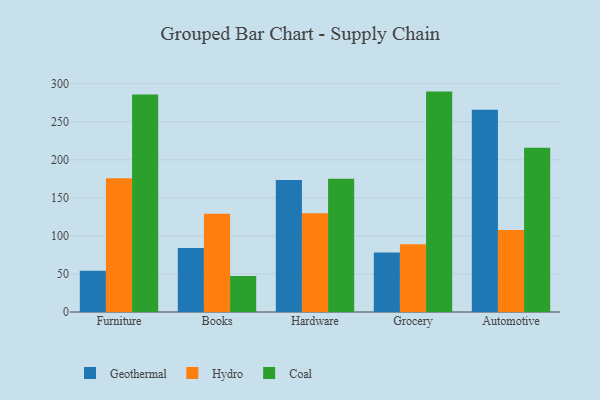
{"axis": {"x": "Category", "y": "Market Share (%)"}, "legend": ["Coal", "Geothermal", "Hydro"], "data": [{"x": "Furniture", "y": 54.1, "type": "Geothermal"}, {"x": "Furniture", "y": 175.9, "type": "Hydro"}, {"x": "Furniture", "y": 285.9, "type": "Coal"}, {"x": "Books", "y": 84.0, "type": "Geothermal"}, {"x": "Books", "y": 129.0, "type": "Hydro"}, {"x": "Books", "y": 47.4, "type": "Coal"}, {"x": "Hardware", "y": 173.6, "type": "Geothermal"}, {"x": "Hardware", "y": 129.8, "type": "Hydro"}, {"x": "Hardware", "y": 175.1, "type": "Coal"}, {"x": "Grocery", "y": 78.2, "type": "Geothermal"}, {"x": "Grocery", "y": 89.0, "type": "Hydro"}, {"x": "Grocery", "y": 289.6, "type": "Coal"}, {"x": "Automotive", "y": 265.7, "type": "Geothermal"}, {"x": "Automotive", "y": 107.6, "type": "Hydro"}, {"x": "Automotive", "y": 215.8, "type": "Coal"}]}